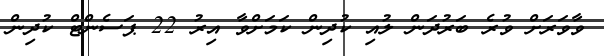
ވާވަރަށް ވުރެ ބަރުދަން ލުއި ކުދިން ކަމަށްވާ އިރު 22 ޕަސެންޓް ކުދިން